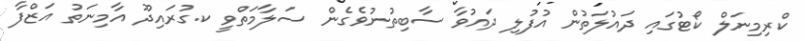
ކްރިމިނަލް ކޯޓުގައި ދައުލަތުން އުފުލި ދައުވާ ސާބިތުނުވެގެން ސަލާމަތްވީ ކ.ގުރައިދޫ އާމިނަތު އަޒްފާ